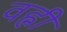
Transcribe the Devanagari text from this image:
वह्नी